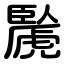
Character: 䖙